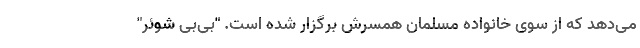
می‌دهد که از سوی خانواده مسلمان همسرش برگزار شده است. "بی‌بی‌ شوئر"